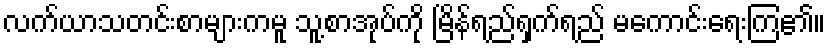
လက်ယာသတင်းစာများကမူ သူ့စာအုပ်ကို မြိန်ရည်ရှက်ရည် မကောင်းရေးကြ၏။